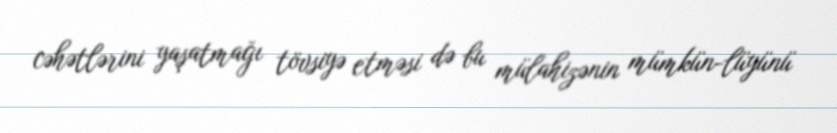
cəhətlərini yaşatmağı tövsiyə etməsi də bu mülahizənin mümkün-lüyünü